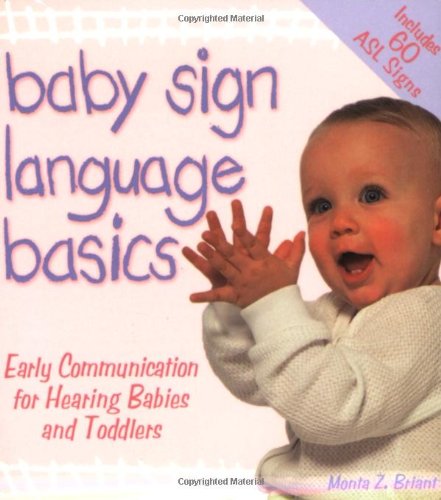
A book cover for Baby Sign Language Basics: Early Communication for Hearing Babies and Toddlers, Original Diaper Bag Edition (Hay House Lifestyles); Monta Z. Briant; Reference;